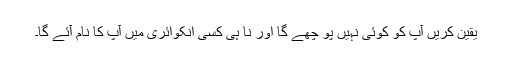
یقین کریں آپ کو کوئی نہیں پو چھے گا اور نا ہی کسی انکوائری میں آپ کا نام آئے گا۔